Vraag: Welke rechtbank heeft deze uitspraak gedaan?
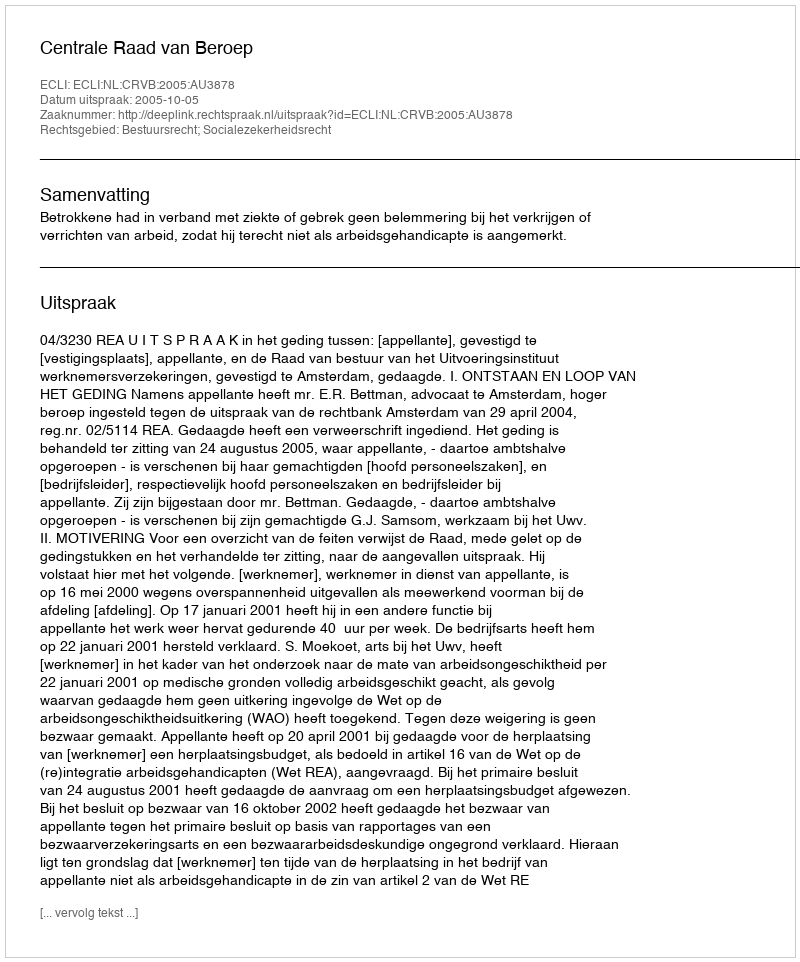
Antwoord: Centrale Raad van Beroep